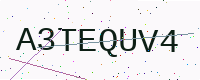
Text: A3TEQUV4